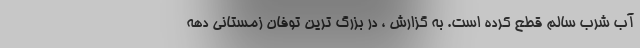
آب شرب سالم قطع کرده است. به گزارش ، در بزرگ ترین توفان زمستانی دهه